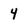
Character: 4